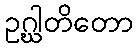
ဥဂ္ဃါတိတော